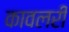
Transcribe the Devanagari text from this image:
कावलरी